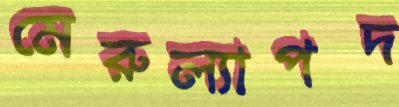
মেরুল্যাপদ